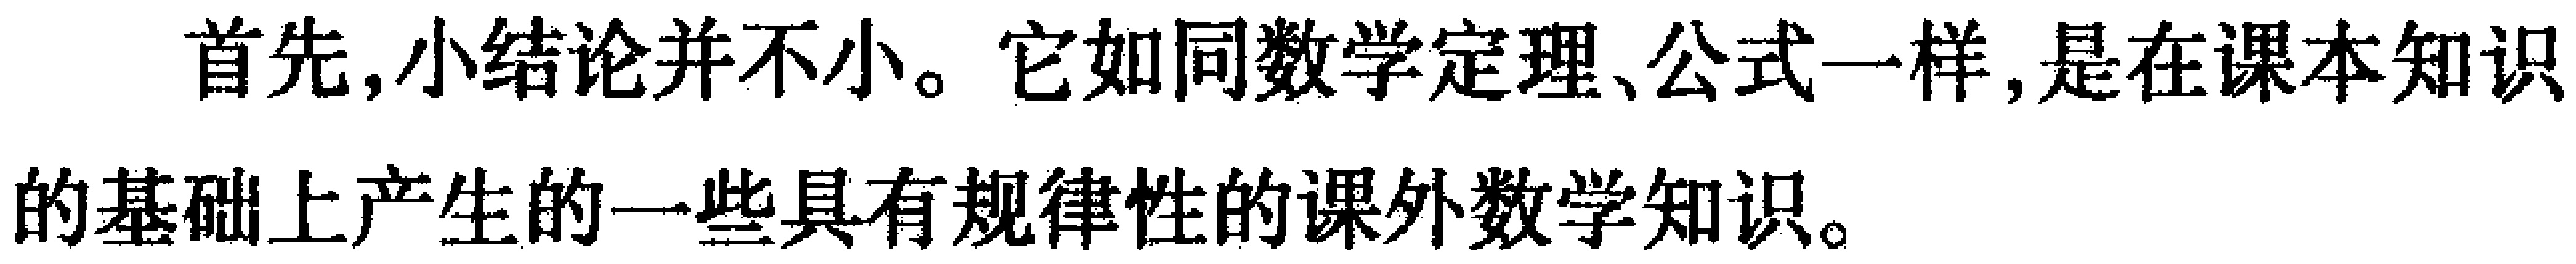
首先,小结论并不小。它如同数学定理、公式一样,是在课本知识的基础上产生的一些具有规律性的课外数学知识。